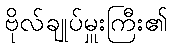
ဗိုလ်ချုပ်မှူးကြီး၏